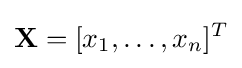
\mathbf {X} =[x_{1},\dots ,x_{n}]^{T}